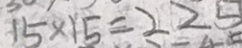
1 5 \times 1 5 = 2 2 5